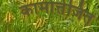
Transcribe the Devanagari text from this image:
कामोत्तेजित